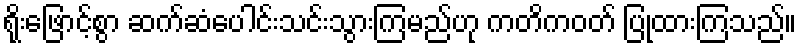
ရိုးဖြောင့်စွာ ဆက်ဆံပေါင်းသင်းသွားကြမည်ဟု ကတိကဝတ် ပြုထားကြသည်။